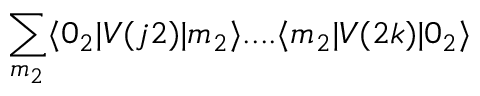
\sum _ { m _ { 2 } } \langle 0 _ { 2 } | V ( j 2 ) | m _ { 2 } \rangle . . . . \langle m _ { 2 } | V ( 2 k ) | 0 _ { 2 } \rangle